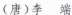
(唐)李端